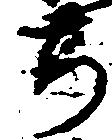
ち